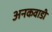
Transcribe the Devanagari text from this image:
अनकवाडी